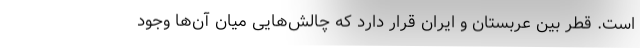
است. قطر بین عربستان و ایران قرار دارد که چالش‌هایی میان آن‌ها وجود